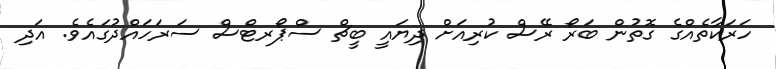
ހަރަކާތެއްގެ ގޮތުން ބަރޯ ރޭސް ކުރިއަށް ދިޔައީ ބީޗް ސްޕޯރޓްސް ސަރަހައްދުގައެވެ. އަދި